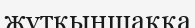
жұтқыншаққа